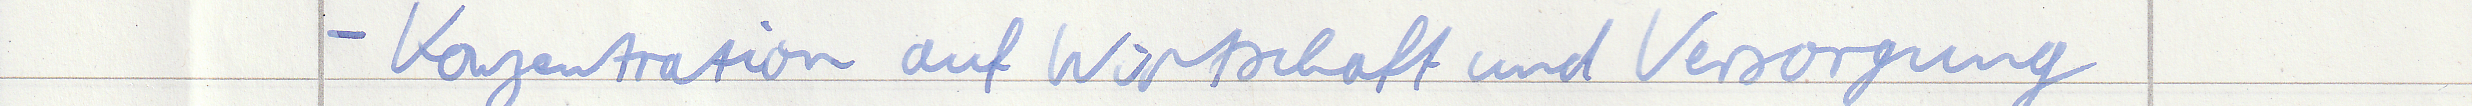
- Konzentration auf Wirtschaft und Versorgung